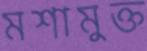
মশামুক্ত